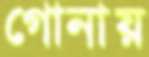
গোনায়